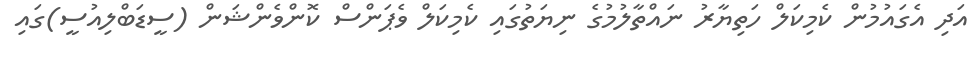
އަދި އެގައުމުން ކެމިކަލް ހަތިޔާރު ނައްތާލުމުގެ ނިޔަތުގައި ކެމިކަލް ވެޕަންސް ކޮންވެންޝަން (ސީޑަބްލިއުސީ)ގައި